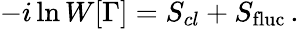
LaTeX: -i\ln W[\Gamma]=S_{cl}+S_{\mathrm{fluc}}\, .